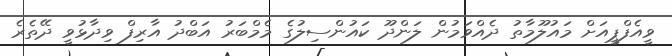
ވީއެފްޕީއަށް މައުލޫމާތު ދެއްވަމުން ލަންދޫ ކައުންސިލުގެ މެމްބަރު އަބްދު އާރިފް ވިދާޅުވީ ދޭތެރެ